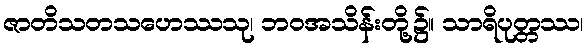
ဇာတိသတသဟေဿသု၊ ဘဝအသိန်းတို့၌။ သာရိပုတ္တဿ၊